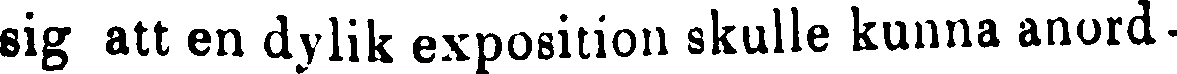
sig att en dylik exposition skulle kunna anord-